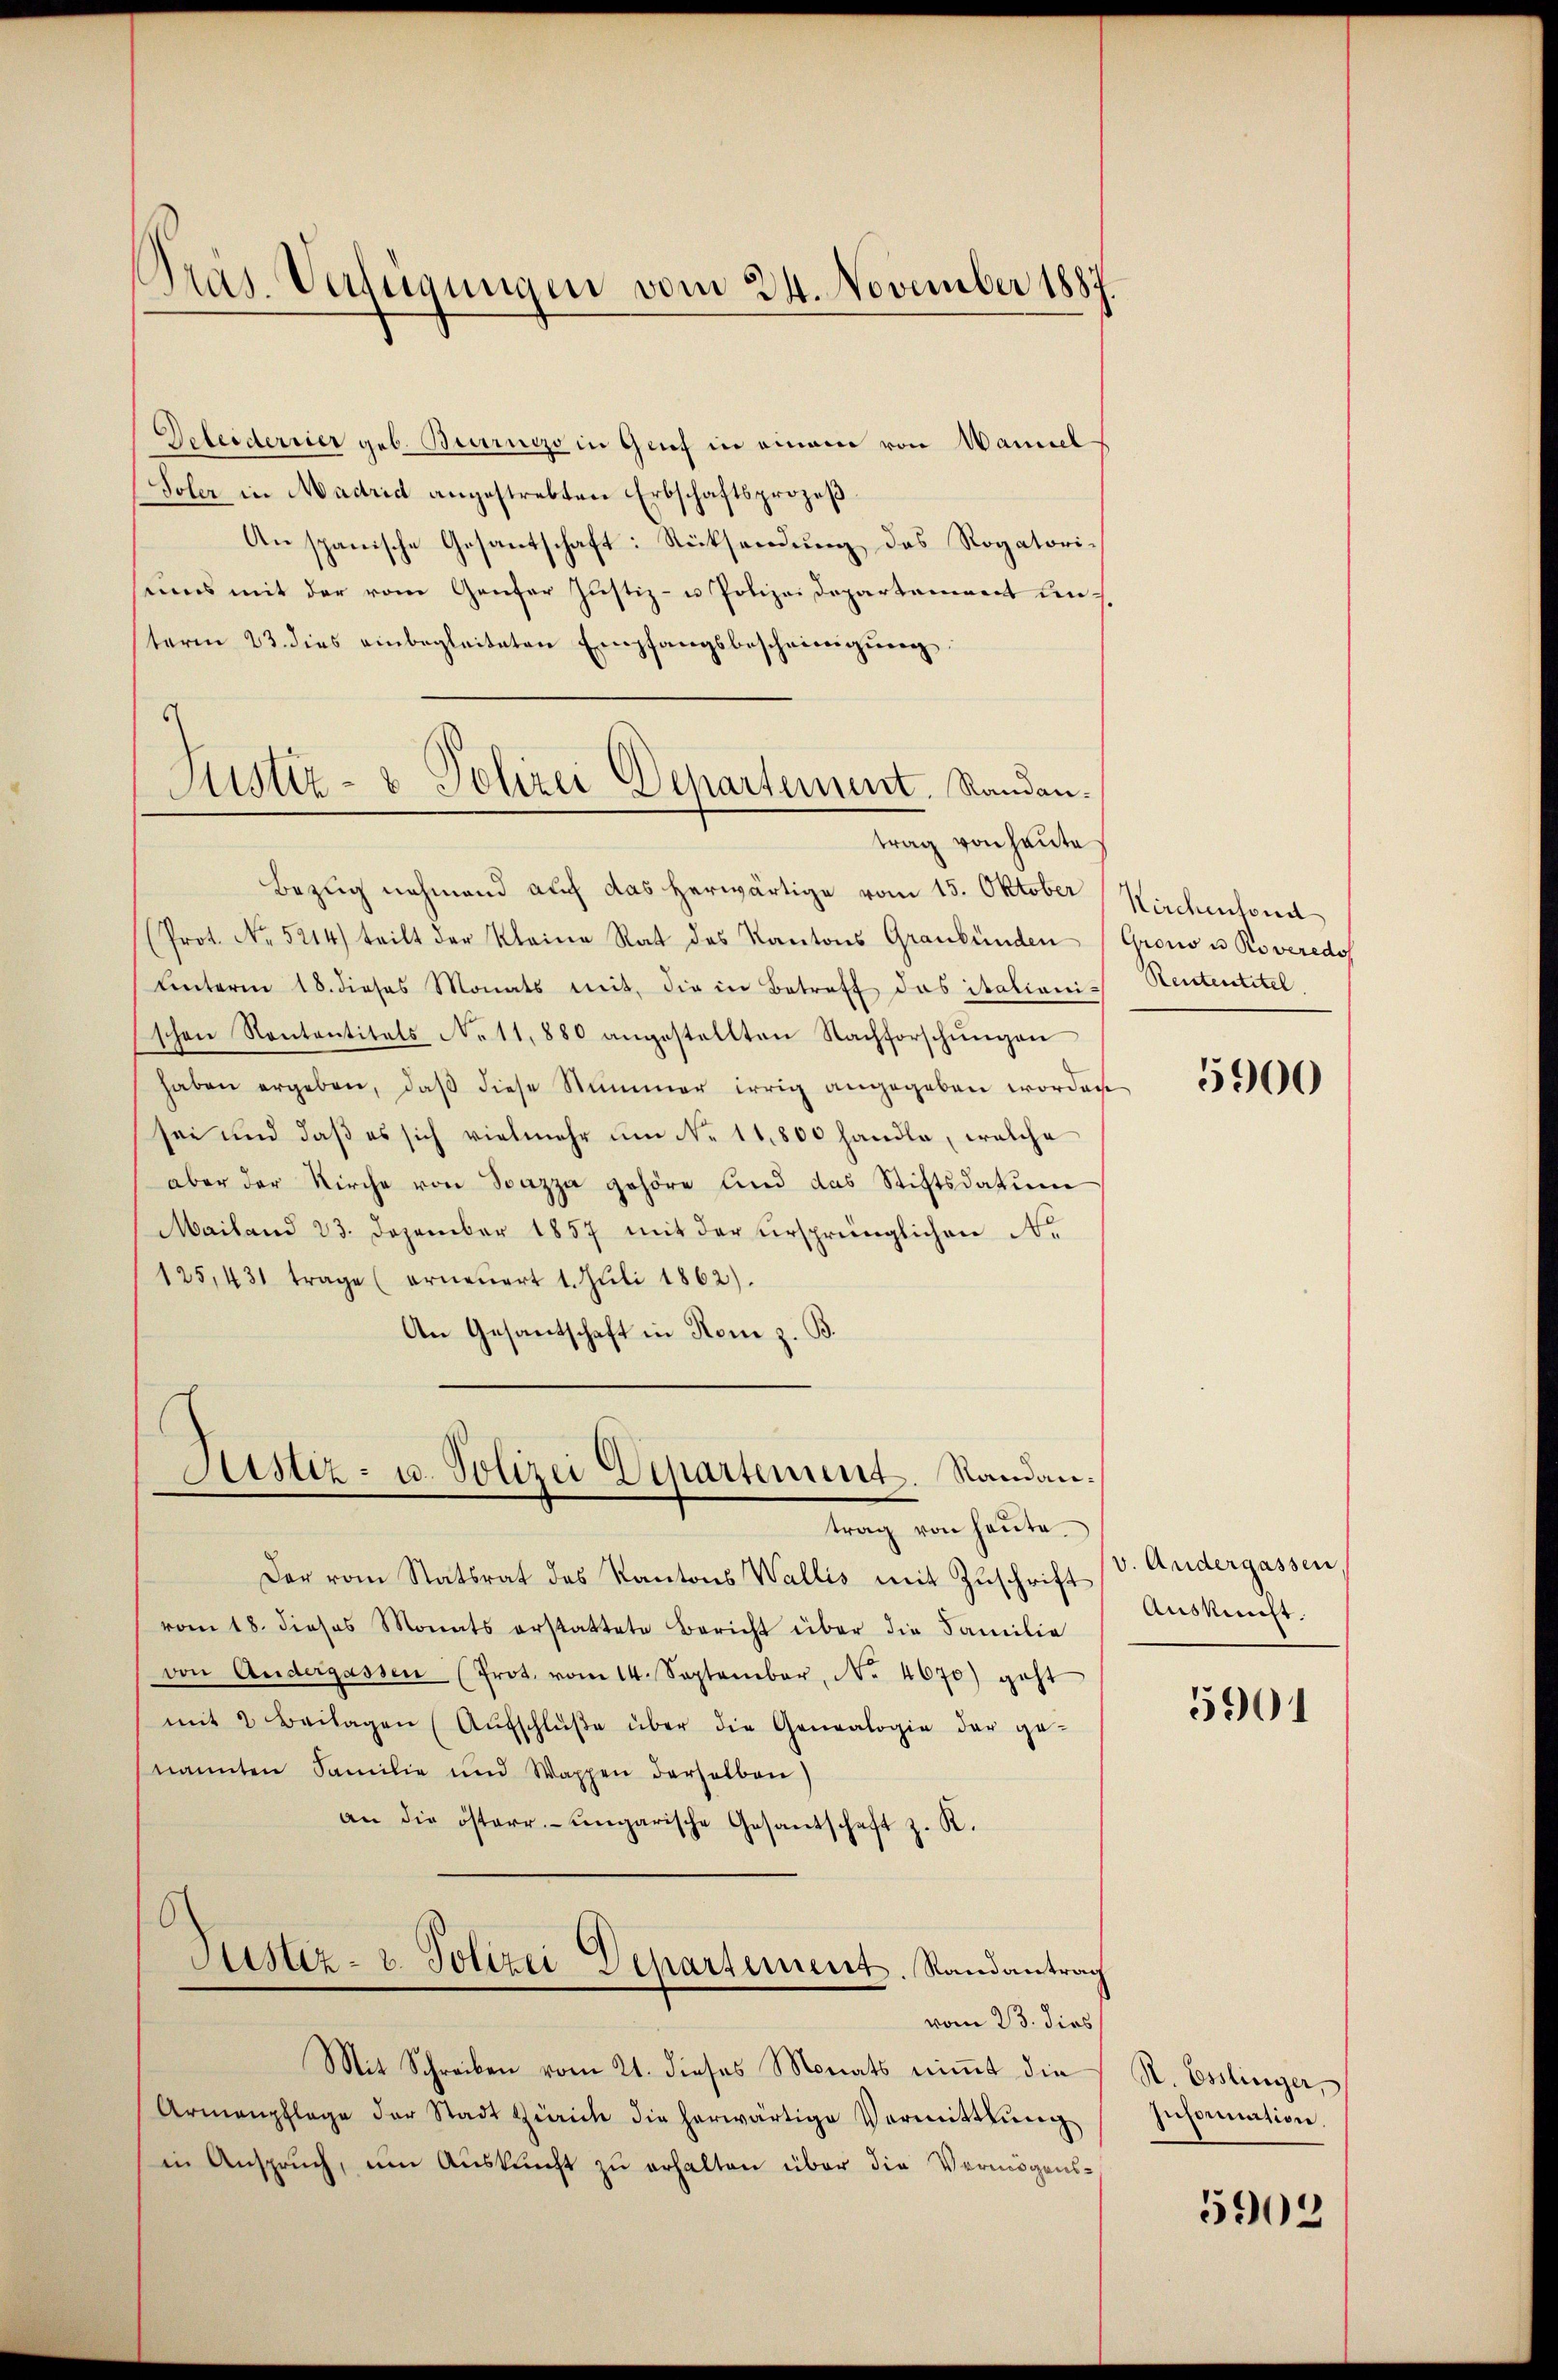
Deleiderrier geb. Beiruczo in Genf in einem von Wannel
Toler in Madrid angestrebten Erbschaftsprozeß
Anspanische Gesantschaft: Rücksendung des Rogatoriums mit der vom Genfer Justiz- u Polizeidepartement in s
term 23. dies einbegleiteten Empfangsbescheinigŭng:
Bezug nehmend auch das herwärtige vom 15. Oktober
(Prot. No. 5214) teilt der Kleine Rat des Kantons Graubünden
Unterm 18. dieses Monats mit, die in Betreff das italiani-
schen Kontantitals No 11,880 angestellten Nachforschungen
haben ergeben, daβ diese Nummer irrig angegeben worden
sei und daß es sich vielmehr ŭm No. 11,800 handle, welche
aber der Kirche von Spazza gehöre und das Stiftsdatum
Mailand 23. Dezember 1857 mit der ursprünglichen Ne
125,431 trage (erneŭert 1. Jŭli 1862).
An Gesantschaft in Rom z. B.

Pras Verfügungen vom 24. November 1887.

Justiz- & Polizei Departement. Randantrag von heute

Astiz- u. Polizei Departement. Sandan¬

trag von heute.
Der vom Statsrat des Kantons Wallis mit Zuschrift
vom 18. dieses Monats erstattete Bericht über die Familie
von Andergassen (Prot. vom 14. September, No. 4670) geht
mit 2 Beilagen (Aŭfschlüβe über die Genealogie der ge-
nannten Familie und Wappen derselben)
an die österr. ungarische Gesantschaft z. K.
Justiz- u. Polizei Departement. Randantrag
vom 23. dies
Mit Schreiben vom 21. dieses Monats nimmt die
Armenpflege der Stadt Zürich die herwärtige Vermittlung
in Anspruch, um Auskunft zu erhalten über die Vermögens-

Kirchenfond
Grono u. Roveredo
Rententitel.

5900

v. Andergassen,
Auskunft.
5901

S. Esslinger,
Information.

5902